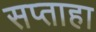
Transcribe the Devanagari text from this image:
सप्ताहा